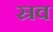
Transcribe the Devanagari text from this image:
स्रव